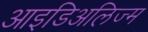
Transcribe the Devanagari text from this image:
आइडिअलिज्म